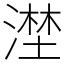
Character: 漜